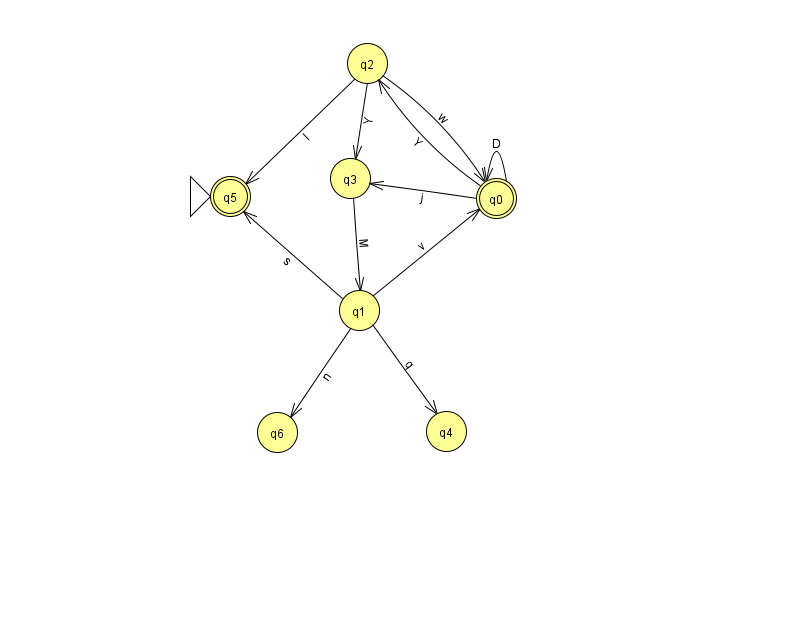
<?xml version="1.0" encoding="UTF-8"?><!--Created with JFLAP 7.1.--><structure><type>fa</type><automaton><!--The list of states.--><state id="0" name="q0"><x>496.0</x><y>185.0</y><final/></state><state id="1" name="q1"><x>359.0</x><y>297.0</y></state><state id="2" name="q2"><x>367.0</x><y>50.0</y></state><state id="3" name="q3"><x>350.0</x><y>165.0</y></state><state id="4" name="q4"><x>446.0</x><y>418.0</y></state><state id="5" name="q5"><x>230.0</x><y>183.0</y><initial/><final/></state><state id="6" name="q6"><x>277.0</x><y>419.0</y></state><!--The list of transitions.--><transition><from>3</from><to>1</to><read>M</read></transition><transition><from>0</from><to>2</to><read>Y</read></transition><transition><from>1</from><to>6</to><read>n</read></transition><transition><from>2</from><to>3</to><read>Y</read></transition><transition><from>1</from><to>4</to><read>q</read></transition><transition><from>2</from><to>5</to><read>I</read></transition><transition><from>0</from><to>0</to><read>D</read></transition><transition><from>0</from><to>3</to><read>j</read></transition><transition><from>1</from><to>0</to><read>v</read></transition><transition><from>1</from><to>5</to><read>s</read></transition><transition><from>2</from><to>0</to><read>w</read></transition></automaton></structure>